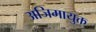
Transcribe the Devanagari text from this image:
अजिमायुक्त